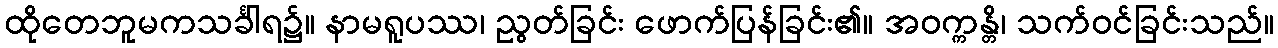
ထိုတေဘူမကသင်္ခါရ၌။ နာမရူပဿ၊ ညွတ်ခြင်း ဖောက်ပြန်ခြင်း၏။ အဝက္ကန္တိ၊ သက်ဝင်ခြင်းသည်။